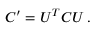
{ \cal C } ^ { \prime } = U ^ { T } { \cal C } U \, .